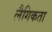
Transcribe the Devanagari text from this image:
लैगिकता